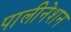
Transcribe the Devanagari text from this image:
पालीनेशन